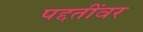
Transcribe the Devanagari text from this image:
पद्दतींवर